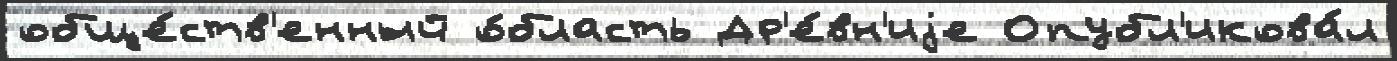
обще́ств'енный о́бласть Др'е́вн'иjе Опубл'икова́л